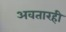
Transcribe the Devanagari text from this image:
अवतारही